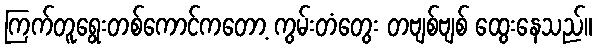
ကြက်တူရွေးတစ်ကောင်ကတော့ ကွမ်းတံတွေး တဗျစ်ဗျစ် ထွေးနေသည်။